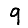
Digit: 9